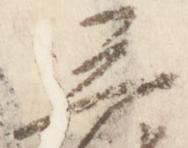
三